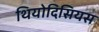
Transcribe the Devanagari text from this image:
थियोदिसियस